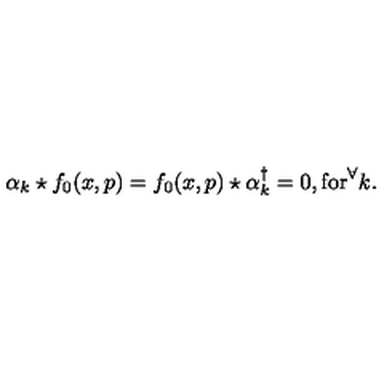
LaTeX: \alpha _ { k } \star f _ { 0 } ( x , p ) = f _ { 0 } ( x , p ) \star \alpha _ { k } ^ { \dagger } = 0 , \mathrm { f o r } ^ { \forall } k .